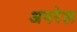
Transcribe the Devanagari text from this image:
अपरेल